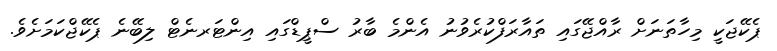
ޕެކޭޖަކީ މިހާތަނަށް ރާއްޖޭގައި ތައާރަފްކުރެވުނު އެންމެ ބާރު ސްޕީޑްގައި އިންޓަރނެޓް ލިބޭނެ ޕެކޭޖްކަމަށެވެ.